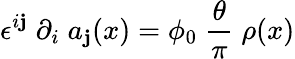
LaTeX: \epsilon^{i\mathbf{j}}\; \partial_{i}\; a_{\mathbf{j}}(x)=\phi_{0}\; \frac{{\theta}}{{\pi}}\; \rho(x)